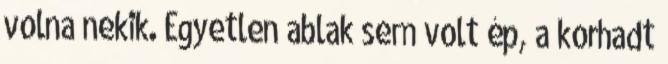
volna nekik. Egyetlen ablak sem volt ép, a korhadt